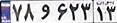
۷۸و۶۲۳۱۳